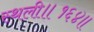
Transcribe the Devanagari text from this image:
स्थली॥१६४॥